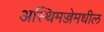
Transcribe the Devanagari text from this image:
अस्थिमज्जेमधील